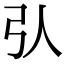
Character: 𢎢